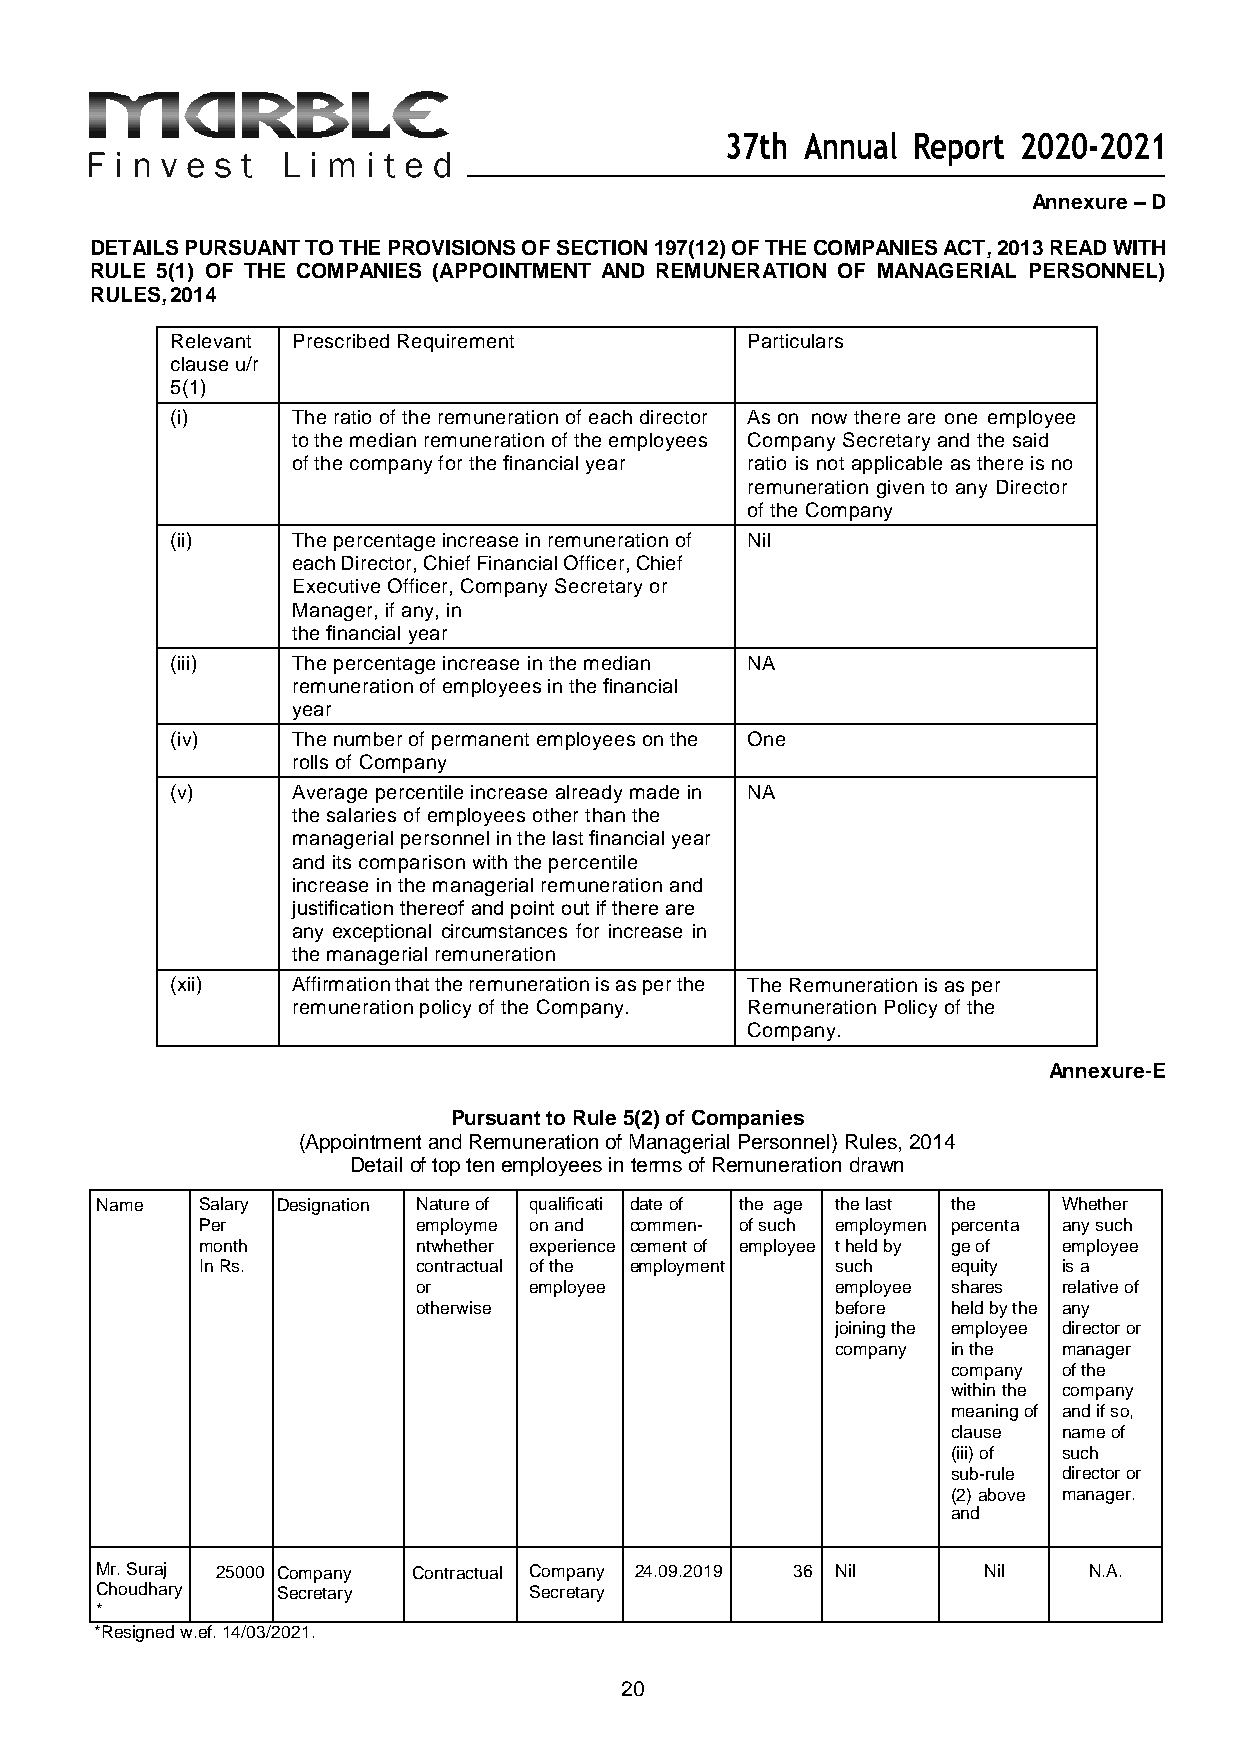
37th Annual Report 2020-2021
 Annexure – D
 DETAILS PURSUANT TO THE PROVISIONS OF SECTION 197(12) OF THE COMPANIES ACT, 2013 READ WITH
 RULE 5(1) OF THE COMPANIES (APPOINTMENT AND REMUNERATION OF MANAGERIAL PERSONNEL)
 RULES, 2014
 Relevant Prescribed Requirement       Particulars
 clause u/r
 5(1)
 (i)     The ratio of the remuneration of each director As on now there are one employee
 to the median remuneration of the employees Company Secretary and the said
 of the company for the financial year ratio is not applicable as there is no
 remuneration given to any Director
 of the Company
 (ii)    The percentage increase in remuneration of Nil
 each Director, Chief Financial Officer, Chief
 Executive Officer, Company Secretary or
 Manager, if any, in
 the financial year
 (iii)   The percentage increase in the median NA
 remuneration of employees in the financial
 year
 (iv)    The number of permanent employees on the One
 rolls of Company
 (v)     Average percentile increase already made in NA
 the salaries of employees other than the
 managerial personnel in the last financial year
 and its comparison with the percentile
 increase in the managerial remuneration and
 justification thereof and point out if there are
 any exceptional circumstances for increase in
 the managerial remuneration
 (xii)   Affirmation that the remuneration is as per the The Remuneration is as per
 remuneration policy of the Company. Remuneration Policy of the
 Company.
 Annexure-E
 Pursuant to Rule 5(2) of Companies
 (Appointment and Remuneration of Managerial Personnel) Rules, 2014
 Detail of top ten employees in terms of Remuneration drawn
 Name   Salary Designation Nature of qualificati date of the age the last the Whether
 Per            employme on and commen- of such employmen percenta any such
 month          nt whether experience cement of employee t held by ge of employee
 In Rs.         contractual of the employment such equity is a
 or     employee            employee shares relative of
 otherwise                  before  held by the any
 joining the employee director or
 company in the manager
 company of the
 within the company
 meaning of and if so,
 clause name of
 (iii) of such
 sub-rule director or
 (2) above manager.
 and
 Mr. Suraj 25000 Company Contractual Company 24.09.2019 36 Nil Nil N.A.
 Choudhary   Secretary        Secretary
 *
 *Resigned w.ef. 14/03/2021.
 20